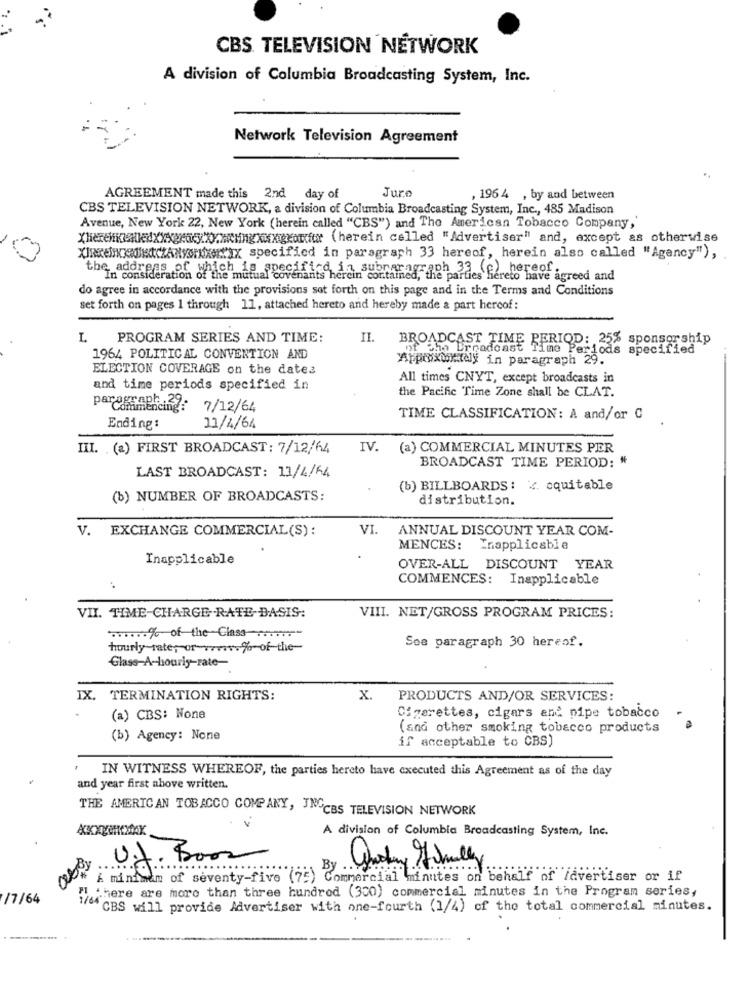
CBS. TELEVISION NETWORK
A division of Columbia Broadcasting System, Inc.
Network Television Agreement
Jure
AGREEMENT made this 2nd day of
, 196 4 , by and between
CBS TELEVISION NETWORK, a division of Columbia Broadcasting System, Inc ., 485 Madison
Avenue, New York 22, New York (herein called "CBS") and The American Tobacco Company,
Xherehankedxxxgrasyxx.xxHingxxxxorf (herein called "Advertiser" and, except as otherwise
XIRRENUN(ANOx] specified in paragraph 33 hereof, herein also called "Agency"),
the address of which is specified in subparagraph 33 (f) hereof.
In consideration of the mutual covenants herein contained," the parties liereto have agreed and
do agree in accordance with the provisions set forth on this page and in the Terms and Conditions
set forth on pages 1 through 11, attached hereto and hereby made a part hercof:
I.
PROGRAM SERIES AND TIME:
IL.
BROADCAST TIME PERIOD: 25% sponsorship
of the Broadcast Time Periods
specified
1964 POLITICAL CONVENTION AND
Approxwkadly in paragraph 29.
ELECTION COVERAGE on the dates
All times CNYT, except broadcasts in
and time periods specified in
the Pacific Time Zone shall be CLAT.
P& Commencing
7/12/64
TIME CLASSIFICATION: A and/or C
Ending:
11/4/64
III. (2) FIRST BROADCAST: 7/12/64
IV. (a) COMMERCIAL MINUTES PER
BROADCAST TIME PERIOD: "
LAST BROADCAST: 11/4/64
(b) BILLBOARDS: < cquitable
(b) NUMBER OF BROADCASTS:
distribution.
V. EXCHANGE COMMERCIAL(S) :
VI. ANNUAL DISCOUNT YEAR COM-
MENCES: Inapplicable
Inapplicable
OVER-ALL DISCOUNT YEAR
COMMENCES: Inapplicable
VII. TIME-CHARGE RATE BASIS:
VIII. NET/GROSS PROGRAM PRICES:
-.... % of the Class
See paragraph 30 hereof.
hourly rate; or vres.% of the
Glass-A-hourly-rate-
IX. TERMINATION RIGHTS:
X.
PRODUCTS AND/OR SERVICES:
(a) CBS: None
Cigarettes, cigars and pipe tobacco
(and other smoking tobacco products
(b) Agency: None
if acceptable to CBS)
IN WITNESS WHEREOF, the parties hereto have executed this Agreement as of the day
and year first above written.
THE AMERICAN TOBACCO COMPANY, JNGCBS TELEVISION NETWORK
A division of Columbia Broadcasting System, Inc.
U.J. Boor
Goday Finally
& minimem of seventy-five (75) Commercial minutes on behalf of Advertiser or if
4.there are more than three hundred (300) commercial minutes in the Program series,
/7/64
14 CBS will provide Advertiser with one-fourth (1/4) of the total commercial minutes.